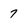
Character: 7